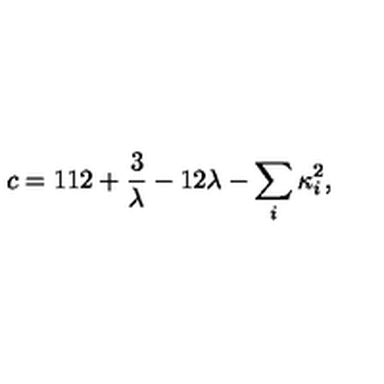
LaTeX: c = 1 1 2 + { \frac { 3 } { \lambda } } - 1 2 \lambda - \sum _ { i } \kappa _ { i } ^ { 2 } ,